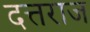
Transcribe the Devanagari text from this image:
दत्तराज